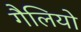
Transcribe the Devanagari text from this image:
गैलियो